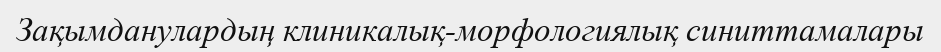
Зақымданулардың клиникалық-морфологиялық синиттамалары